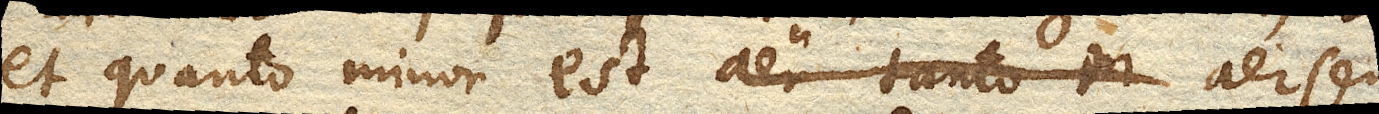
et quanto minor est aer tanto